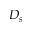
D _ { s }